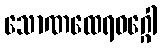
သောဏထေရဝဂ္ဂေါ